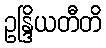
ဥန္ဒြိယတီတိ